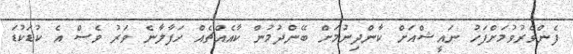
ފެންވެރުވުމަށްފަހު ނައީޝްއަށް ކާންދިނުމަށް ބޭންދުމުން ކާއެއްޗެއް ހަފާލާނެ ވަރު ވެސް އެ ކުޑަކުޑަ